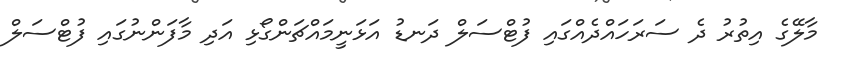
މާލޭގެ އިތުރު ދެ ސަރަހައްދެއްގައި ފުޓްސަލް ދަނޑު އަޅަނީމައްްޗަންގޯޅި އަދި މާފަންނުގައި ފުޓްސަލް